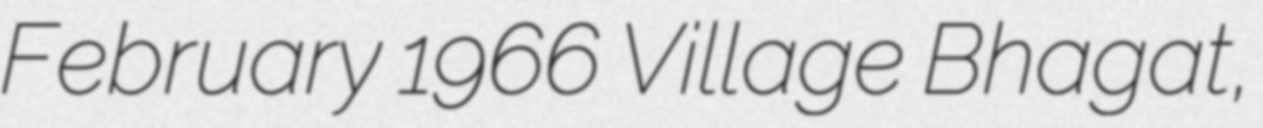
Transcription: February 1966 Village Bhagat,